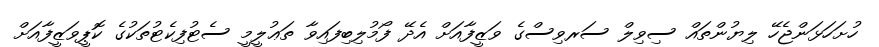
ހުށަހަޅަންޖެހޭ ލިޔުންތައް ސިވިލް ސަރވިސްގެ ވަޒީފާއަށް އެދޭ ފޯމުލިބިފައިވާ ތަޢުލީމީ ސެޓުފިކެޓުތަކުގެ ކޮޕީވަޒީފާއަށް